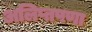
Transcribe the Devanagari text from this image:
अलिप्तपणा